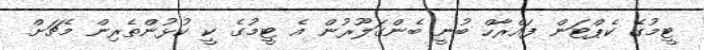
ޓީމުގެ ކެޕްޓަން ފައްރާހް ބުނީ ބެންގަލޫރުން އެ ޓީމުގެ ކީ ކުޅުންތެރިން މެޗަށް